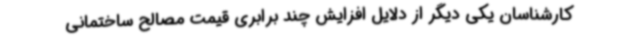
کارشناسان یکی دیگر از دلایل افزایش چند برابری قیمت مصالح ساختمانی